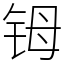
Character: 𬭁